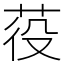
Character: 䓈